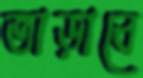
তাড়াবে